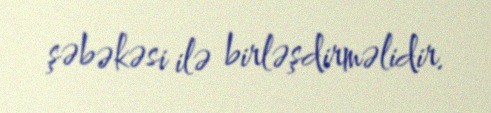
şəbəkəsi ilə birləşdirməlidir.